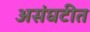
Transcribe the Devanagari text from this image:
असंघटीत